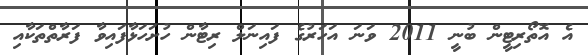
އެ އޮތޯރިޓީން ބުނީ 2011 ވަނަ އަހަރުގެ ފައިނަލް ރިޓާން ހުށަހަޅާފައިވާ ފަރާތްތަކާއި